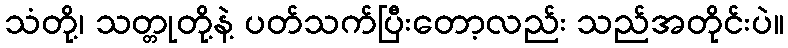
သံတို့၊ သတ္တုတို့နဲ့ ပတ်သက်ပြီးတော့လည်း သည်အတိုင်းပဲ။